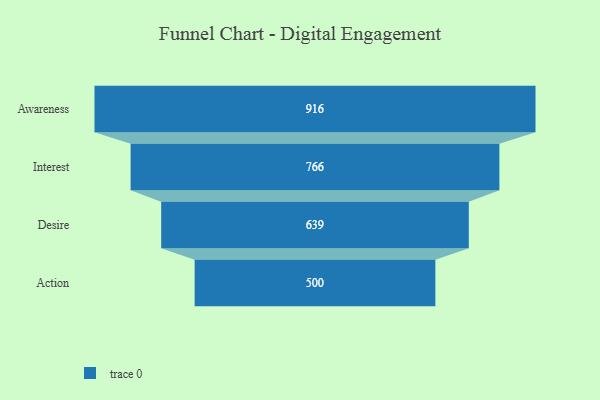
{"axis": {"x": "Stage", "y": "Value"}, "legend": [""], "data": [{"x": "Awareness", "y": 916.0, "type": ""}, {"x": "Interest", "y": 766.0, "type": ""}, {"x": "Desire", "y": 639.0, "type": ""}, {"x": "Action", "y": 500, "type": ""}]}